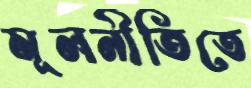
মূলনীতিতে